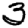
Digit: 3